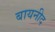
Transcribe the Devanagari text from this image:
बायनीद